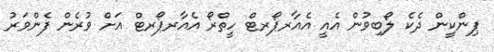
ޕިންކީން ދެކެ ލޯބިވުން އެއީ އެއާރޕޯރޓް ހީތްރޯ އެއާރޕޯރޓް އަށް ވުރެން ފެންވަރު